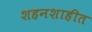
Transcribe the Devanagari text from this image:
शहनशाहीत